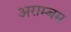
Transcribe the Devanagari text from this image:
अराम्बम